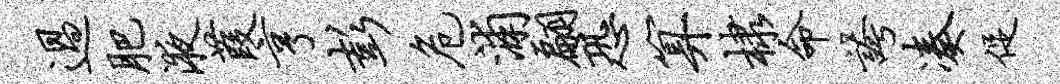
过肥液葭亨彭危浦翩恐算棣命夸凑促